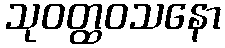
သုဝတ္ထဝသနော